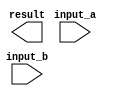
module ArrayMultiplier(
    input wire [15:0] input_a,
    input wire [15:0] input_b,
    output wire [31:0] result
);

reg [15:0] partial_results [3:0][3:0];
reg [15:0] intermed_results [3:0][3:0];

// Instantiate Adder and Multiplier modules here

// Control logic to coordinate operations

always @(*) begin
    // Multiplication operation logic here
end

endmodule